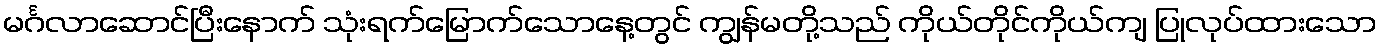
မင်္ဂလာဆောင်ပြီးနောက် သုံးရက်မြောက်သောနေ့တွင် ကျွန်မတို့သည် ကိုယ်တိုင်ကိုယ်ကျ ပြုလုပ်ထားသော